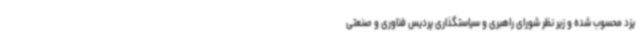
یزد محسوب شده و زیر نظر شورای راهبری و سیاستگذاری پردیس فناوری و صنعتی